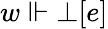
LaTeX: w\Vdash\bot[e]